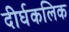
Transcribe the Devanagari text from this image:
दीर्घकलिक